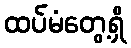
ထပ်မံတွေ့ရှိ